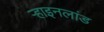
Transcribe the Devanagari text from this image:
र्‍हाइनलांड